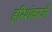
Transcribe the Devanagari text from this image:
हरिशंकरजी